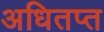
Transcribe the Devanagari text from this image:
अधितप्त